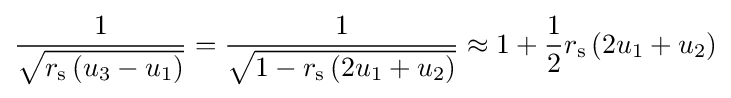
{\frac {1}{\sqrt {r_{\text{s}}\left(u_{3}-u_{1}\right)}}}={\frac {1}{\sqrt {1-r_{\text{s}}\left(2u_{1}+u_{2}\right)}}}\approx 1+{\frac {1}{2}}r_{\text{s}}\left(2u_{1}+u_{2}\right)